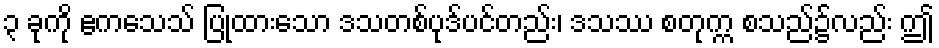
၃ ခုကို ဧကသေသ် ပြုထားသော ဒသတစ်ပုဒ်ပင်တည်း၊ ဒသဿ စတုက္က စသည်၌လည်း ဤ